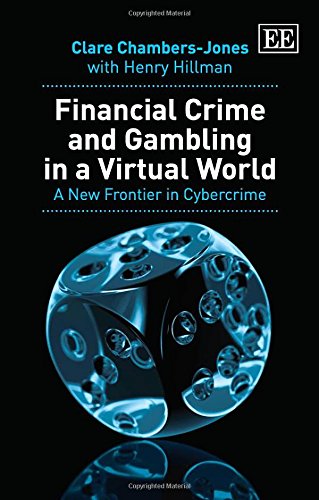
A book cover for Financial Crime and Gambling in a Virtual World: A New Frontier in Cybercrime; Clare Chambers-Jones; Computers & Technology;